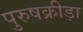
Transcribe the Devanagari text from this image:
पुरुषक्रीड़ा